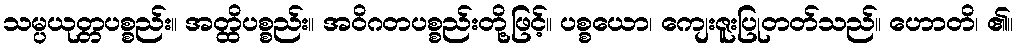
သမ္ပယုတ္တပစ္စည်း။ အတ္ထိပစ္စည်း။ အဝိဂတပစ္စည်းတို့ဖြင့်။ ပစ္စယော၊ ကျေးဇူးပြုတတ်သည်။ ဟောတိ၊ ၏။